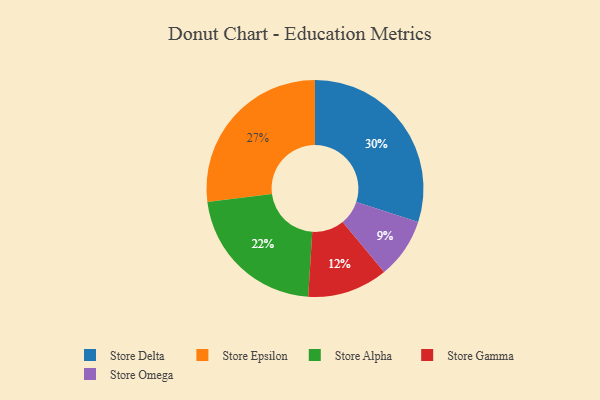
{"axis": {"x": "Category", "y": "Percentage"}, "legend": ["Store Alpha", "Store Delta", "Store Epsilon", "Store Gamma", "Store Omega"], "data": [{"x": "Store Delta", "y": 30, "type": "Store Delta"}, {"x": "Store Epsilon", "y": 27, "type": "Store Epsilon"}, {"x": "Store Alpha", "y": 22, "type": "Store Alpha"}, {"x": "Store Gamma", "y": 12, "type": "Store Gamma"}, {"x": "Store Omega", "y": 9, "type": "Store Omega"}]}